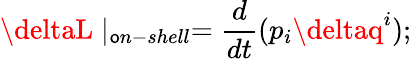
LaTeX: \deltaL\mid_{\mathsf{o}n-shell}=\frac{{d}}{{dt}}(p_{i}\deltaq^{i});